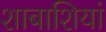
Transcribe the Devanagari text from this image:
शाबाशियां